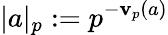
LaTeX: |a|_{p}:=p^{-\mathbf{v}_{p}(a)}